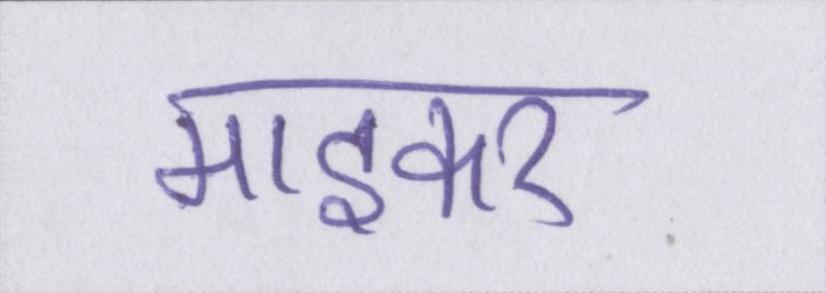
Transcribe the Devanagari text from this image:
माइकर